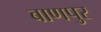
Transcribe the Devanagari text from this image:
बाणपुर